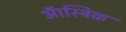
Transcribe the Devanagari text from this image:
ऑस्ट्रिक